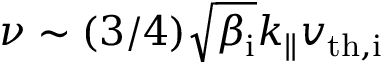
\nu \sim ( 3 / 4 ) \sqrt { \beta _ { \mathrm { i } } } k _ { \parallel } v _ { \mathrm { t h , i } }